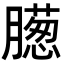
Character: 𣎨